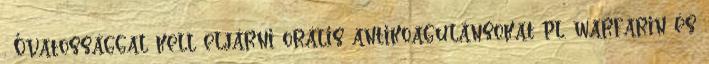
. Óvatossággal kell eljárni orális antikoagulánsokat pl. warfarin és